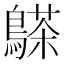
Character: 𪄦